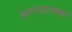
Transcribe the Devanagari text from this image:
अराफातच्या